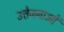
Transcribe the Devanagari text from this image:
उत्तेजनाआें